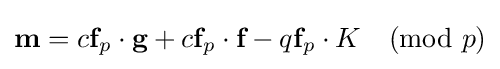
{\textbf {m}}=c{\textbf {f}}_{p}\cdot {\textbf {g}}+c{\textbf {f}}_{p}\cdot {\textbf {f}}-q{\textbf {f}}_{p}\cdot K{\pmod {p}}